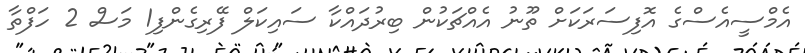
އެމްސީއެސްގެ އޮފިސަރަކަށް ތޫނު އެއްޗަކުން ބިރުދައްކާ ސައިކަލް ފޭރިގެންފި1 މަސް 2 ހަފްތާ